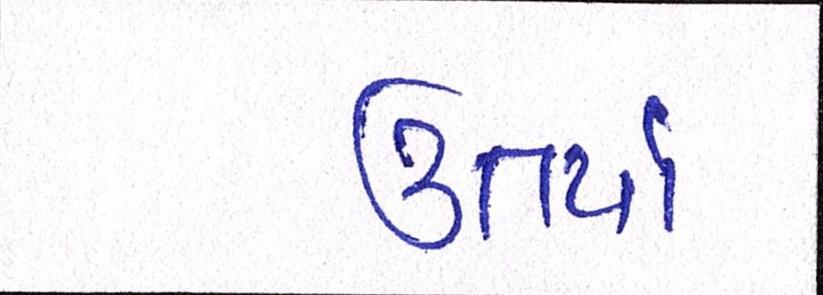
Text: ઉતર્યા